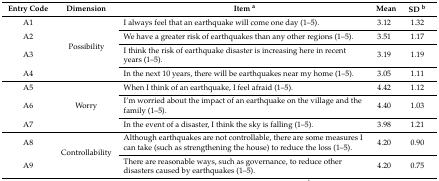
<table><thead><tr><td><b>Entry Code</b></td><td><b>Dimension</b></td><td><b>Item <sup>a</sup></b></td><td><b>Mean</b></td><td><b>SD <sup>b</sup></b></td></tr></thead><tbody><tr><td>A1</td><td rowspan="4">Possibility</td><td>I always feel that an earthquake will come one day (1–5).</td><td>3.12</td><td>1.32</td></tr><tr><td>A2</td><td>We have a greater risk of earthquakes than any other regions (1–5).</td><td>3.51</td><td>1.17</td></tr><tr><td>A3</td><td>I think the risk of earthquake disaster is increasing here in recent years (1–5).</td><td>3.19</td><td>1.19</td></tr><tr><td>A4</td><td>In the next 10 years, there will be earthquakes near my home (1–5).</td><td>3.05</td><td>1.11</td></tr><tr><td>A5</td><td rowspan="3">Worry</td><td>When I think of an earthquake, I feel afraid (1–5).</td><td>4.42</td><td>1.12</td></tr><tr><td>A6</td><td>I’m worried about the impact of an earthquake on the village and the family (1–5).</td><td>4.40</td><td>1.03</td></tr><tr><td>A7</td><td>In the event of a disaster, I think the sky is falling (1–5).</td><td>3.98</td><td>1.21</td></tr><tr><td>A8</td><td rowspan="2">Controllability</td><td>Although earthquakes are not controllable, there are some measures I can take (such as strengthening the house) to reduce the loss (1–5).</td><td>4.20</td><td>0.90</td></tr><tr><td>A9</td><td>There are reasonable ways, such as governance, to reduce other disasters caused by earthquakes (1–5).</td><td>4.20</td><td>0.75</td></tr></tbody></table>